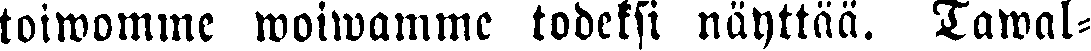
toiwomme woiwamme todeksi näyttää. Tawal-